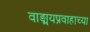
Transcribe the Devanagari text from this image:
वाङ्मयप्रवाहाच्या